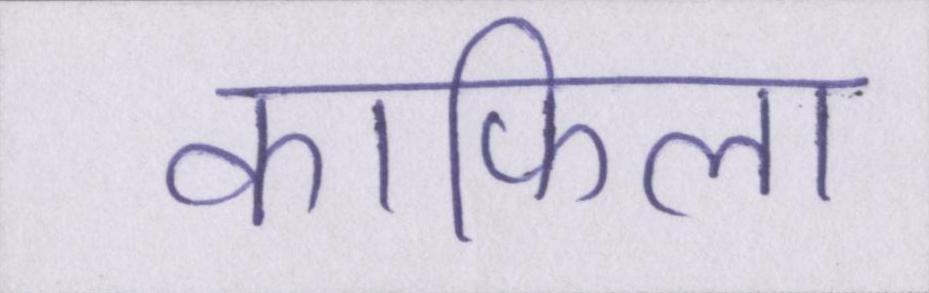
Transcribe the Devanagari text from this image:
काफिला